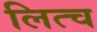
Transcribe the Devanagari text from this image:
लित्च